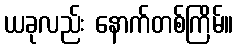
ယခုလည်း နောက်တစ်ကြိမ်။